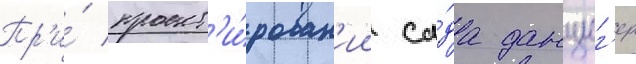
Пр'и́ проект'и́рован'ии са́да данциг'ер